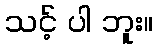
သင့် ပါ ဘူး။